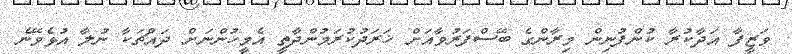
ވަޒީފާ އަދާކުރާ ކުންފުނިން މިރާންގެ ބޭސްފަރުވާއަށް ޚަރަދުކުރަމުންދާތީ އެމީހުންނަށް ދައްޗަކާ ނުލާ އުޅެވޭނެ